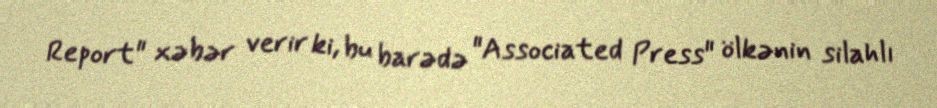
Report" xəbər verir ki, bu barədə "Associated Press" ölkənin silahlı